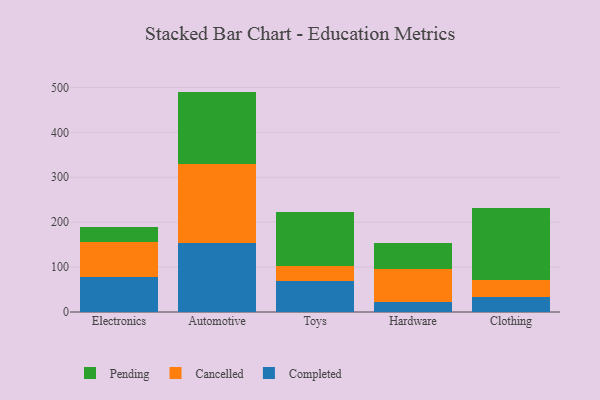
{"axis": {"x": "Category", "y": "Operating Costs (USD K)"}, "legend": ["Cancelled", "Completed", "Pending"], "data": [{"x": "Electronics", "y": 77.7, "type": "Completed"}, {"x": "Electronics", "y": 77.4, "type": "Cancelled"}, {"x": "Electronics", "y": 33.4, "type": "Pending"}, {"x": "Automotive", "y": 152.6, "type": "Completed"}, {"x": "Automotive", "y": 176.5, "type": "Cancelled"}, {"x": "Automotive", "y": 161.6, "type": "Pending"}, {"x": "Toys", "y": 68.1, "type": "Completed"}, {"x": "Toys", "y": 34.8, "type": "Cancelled"}, {"x": "Toys", "y": 120.4, "type": "Pending"}, {"x": "Hardware", "y": 22.6, "type": "Completed"}, {"x": "Hardware", "y": 73.2, "type": "Cancelled"}, {"x": "Hardware", "y": 57.9, "type": "Pending"}, {"x": "Clothing", "y": 34.2, "type": "Completed"}, {"x": "Clothing", "y": 36.3, "type": "Cancelled"}, {"x": "Clothing", "y": 162.1, "type": "Pending"}]}